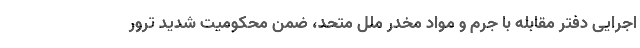
اجرایی دفتر مقابله با جرم و مواد مخدر ملل متحد، ضمن محکومیت شدید ترور